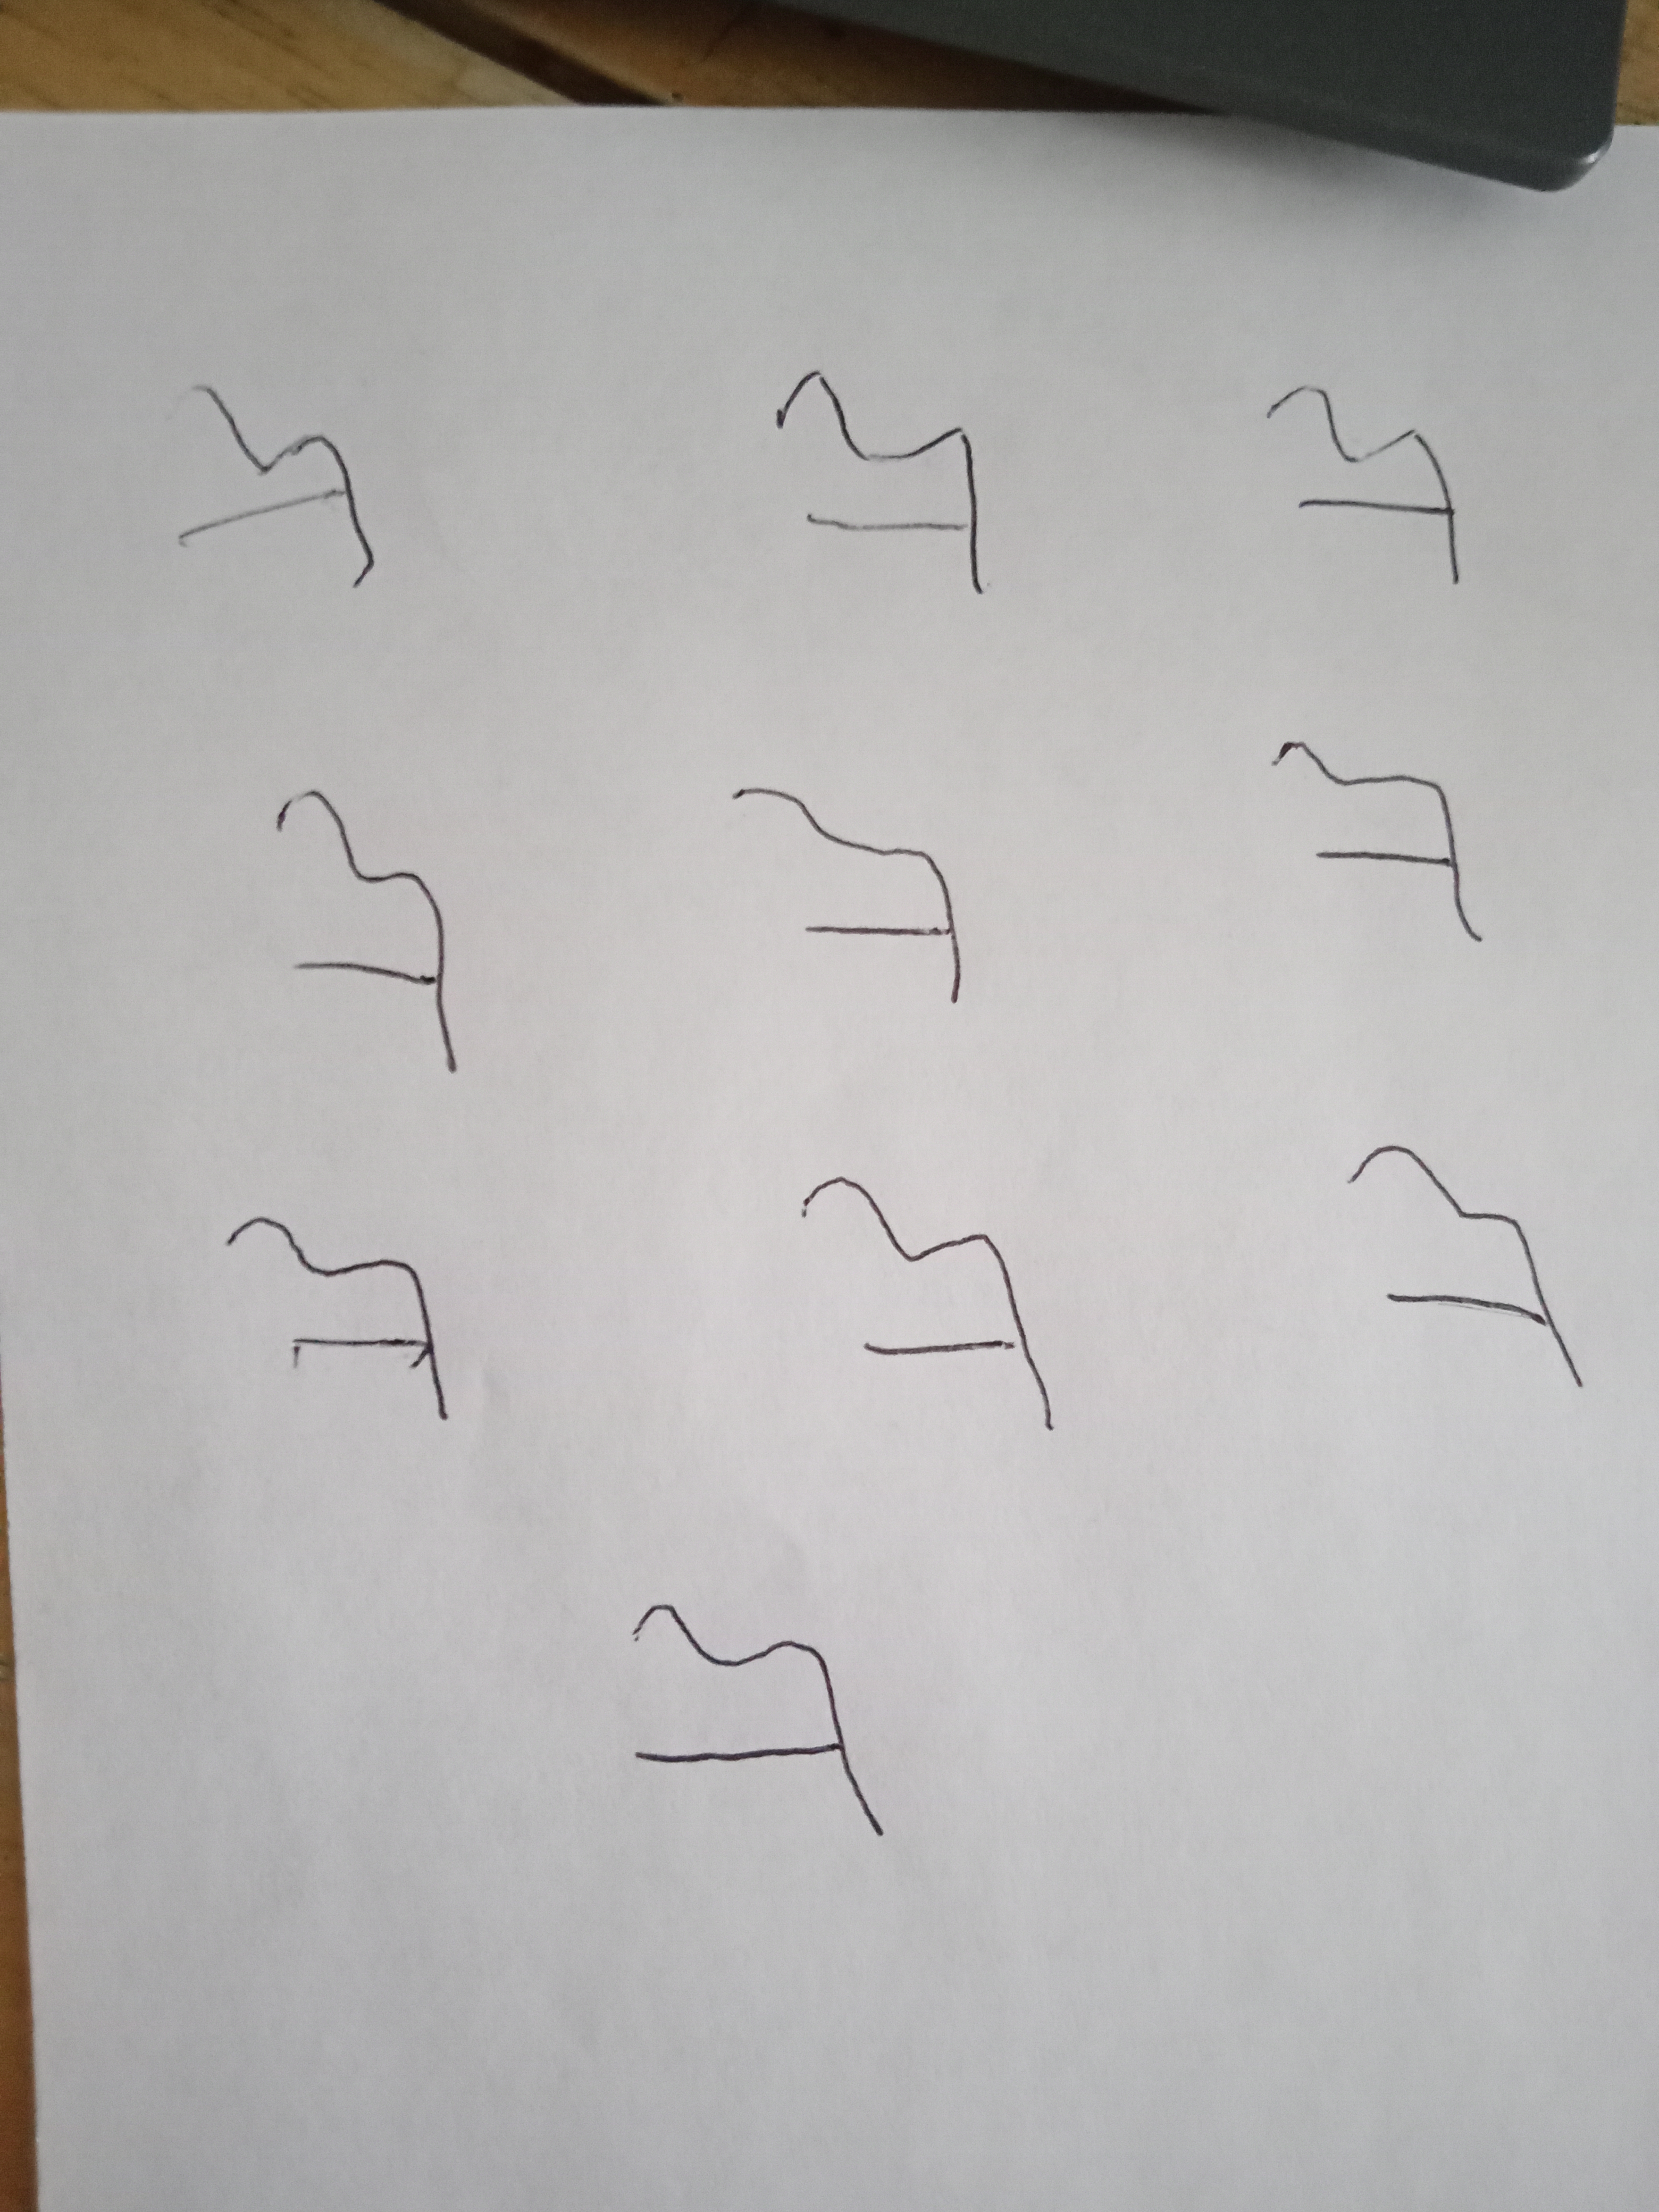
Signature authenticity: forged